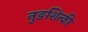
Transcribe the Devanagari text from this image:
नुङशित्की